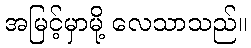
အမြင့်မှာမို့ လေသာသည်။